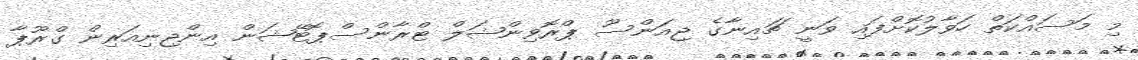
މި މަސައްކަތް ހަވާލުކޮށްފައި ވަނީ ޗައިނާގެ ޖިއަންސޫ ޕްރޮވިންޝަލް ޓްރާންސްޕޮޓޭޝަން އިންޖިނިއަރިން ގްރޫޕާ